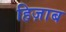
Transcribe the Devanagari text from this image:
हिज़ाब